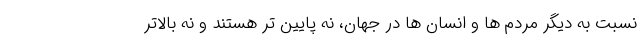
نسبت به دیگر مردم ها و انسان ها در جهان، نه پایین تر هستند و نه بالاتر